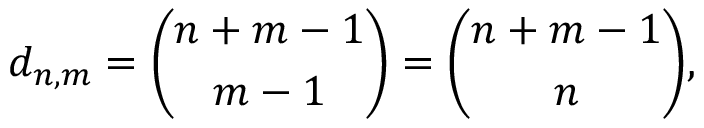
d _ { n , m } = { \binom { n + m - 1 } { m - 1 } } = { \binom { n + m - 1 } { n } } ,